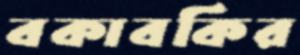
বকাবকির